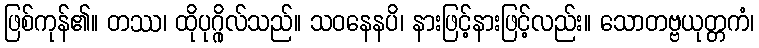
ဖြစ်ကုန်၏။ တဿ၊ ထိုပုဂ္ဂိုလ်သည်။ သဝနေနပိ၊ နားဖြင့်နားဖြင့်လည်း။ သောတဗ္ဗယုတ္တကံ၊